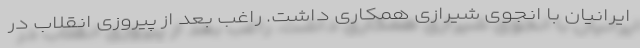
ایرانیان با انجوی شیرازی همکاری داشت. راغب بعد از پیروزی انقلاب در